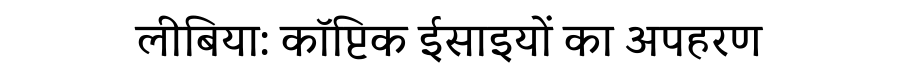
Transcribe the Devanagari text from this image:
लीबिया: कॉप्टिक ईसाइयों का अपहरण